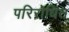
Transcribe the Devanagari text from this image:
परिरोधित